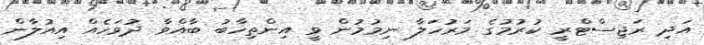
އަދި ރަޖިސްޓްރީ ކުރުމުގެ މަރުހަލާ ނިމުމުން ވީ އިންތިހާބު ބާއްވާ ދުވަހެއް އިއުލާން